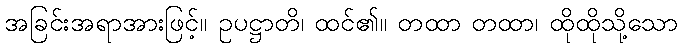
အခြင်းအရာအားဖြင့်။ ဥပဋ္ဌာတိ၊ ထင်၏။ တထာ တထာ၊ ထိုထိုသို့သော